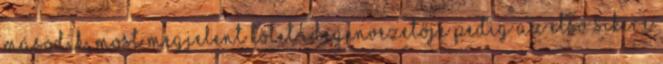
második, most megjelent kötet idegenvezetője pedig az első sikere